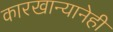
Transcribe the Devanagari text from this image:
कारखान्यानेही